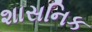
શાસનિક